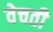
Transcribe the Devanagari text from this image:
वेचती